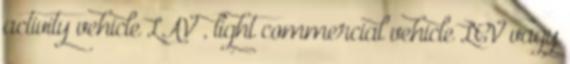
activity vehicle LAV , light commercial vehicle LCV vagy